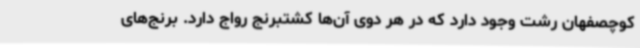
کوچصفهان رشت وجود دارد که در هر دوی آن‌ها کشتبرنج رواج دارد. برنج‌های